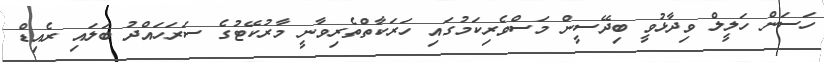
ހަސަން ހަލީލް ވިދާޅުވީ ބިދޭސީން މަސްވެރިކަމުގައި ހަރަކާތްތެރިވާނީ މާރުކޭޓުގެ ސަރަހައްދު ބަލައި ރެއިޑް